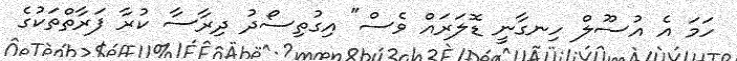
ހަމަ އެ އުސޫލް ހިނގާނީ ޑޮލަރައް ވެސް" އިގުތިސޯދު ދިރާސާ ކުރާ ފަރާތްތަކުގެ